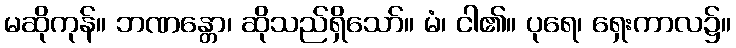
မဆိုကုန်။ ဘဏန္တော၊ ဆိုသည်ရှိသော်။ မံ၊ ငါ၏။ ပုရေ၊ ရှေးကာလ၌။